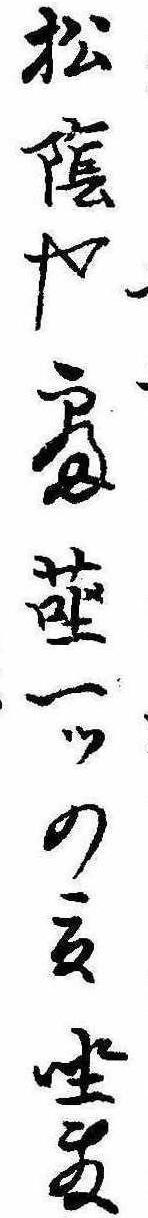
松陰や寝蓙一つの夏坐敷